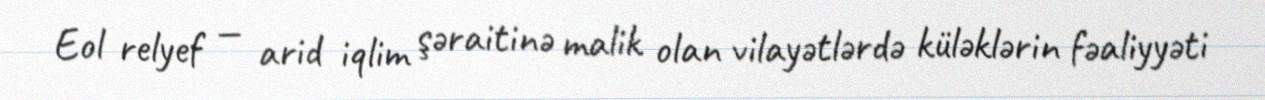
Eol relyef — arid iqlim şəraitinə malik olan vilayətlərdə küləklərin fəaliyyəti